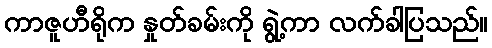
ကာဇူဟီရိုက နှုတ်ခမ်းကို ရွဲ့ကာ လက်ခါပြသည်။